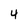
Character: 4